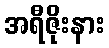
အရီဇိုးနား